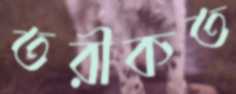
তরীকত